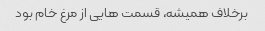
برخلاف همیشه، قسمت هایی از مرغ خام بود